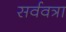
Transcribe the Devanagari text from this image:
सर्ववत्रा